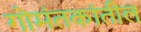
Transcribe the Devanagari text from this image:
गोमंतकांतील